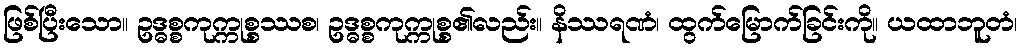
ဖြစ်ပြီးသော။ ဥဒ္ဓစ္စကုက္ကုစ္စဿစ၊ ဥဒ္ဓစ္စကုက္ကုစ္စ၏လည်း။ နိဿရဏံ၊ ထွက်မြောက်ခြင်းကို။ ယထာဘူတံ၊